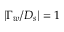
| \Gamma _ { w } / D _ { s } | = 1